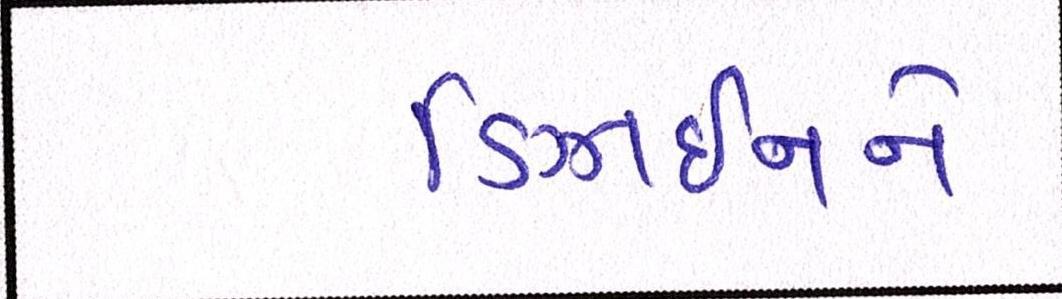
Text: ડિઝાઇનને